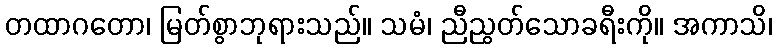
တထာဂတော၊ မြတ်စွာဘုရားသည်။ သမံ၊ ညီညွတ်သောခရီးကို။ အကာသိ၊